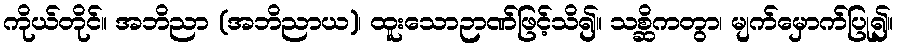
ကိုယ်တိုင်။ အဘိညာ (အဘိညာယ)၊ ထူးသောဉာဏ်ဖြင့်သိ၍။ သစ္ဆိကတွာ၊ မျက်မှောက်ပြု၍။